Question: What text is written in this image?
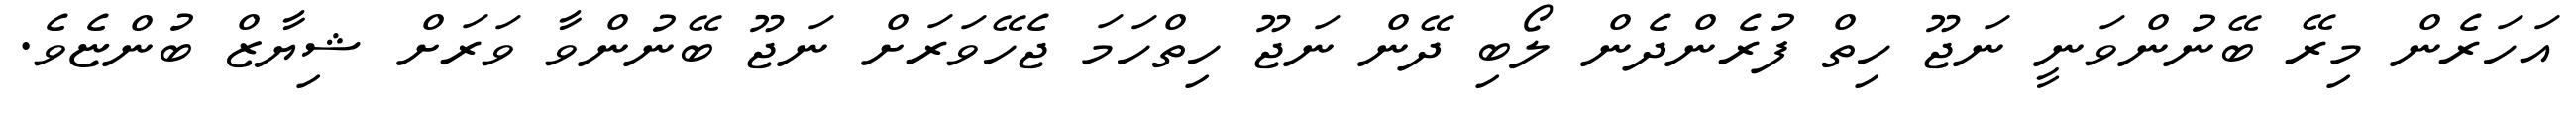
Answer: އަހަރެން މިރޭ ބޭނުންވަނީ ނަޖޫ ހިތް ފުރެންދެން ލޯބި ދޭން ނަޖޫ ހިތްހަމަ ޖެހޭވަރަށް ނަޖޫ ބޭނުންވާ ވަރަށް ޝިޔާޒް ބުންޏެވެ.